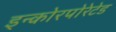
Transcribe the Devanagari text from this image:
इन्कोरपोरेटेड